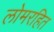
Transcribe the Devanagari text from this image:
लोमरहित